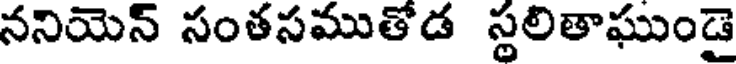
ననియెన్ సంతసముతోడ స్థలితాఘుండై